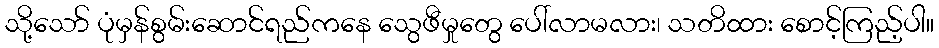
သို့သော် ပုံမှန်စွမ်းဆောင်ရည်ကနေ သွေဖီမှုတွေ ပေါ်လာမလား၊ သတိထား စောင့်ကြည့်ပါ။